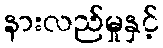
နားလည်မှုနှင့်